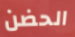
الحضن